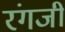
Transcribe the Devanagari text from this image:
रंगजी